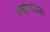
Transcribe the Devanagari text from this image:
मन्त्रोपदेसा